Memorandum on the prevention of leprosy by segregation of the affected
Disease focus: Leprosy
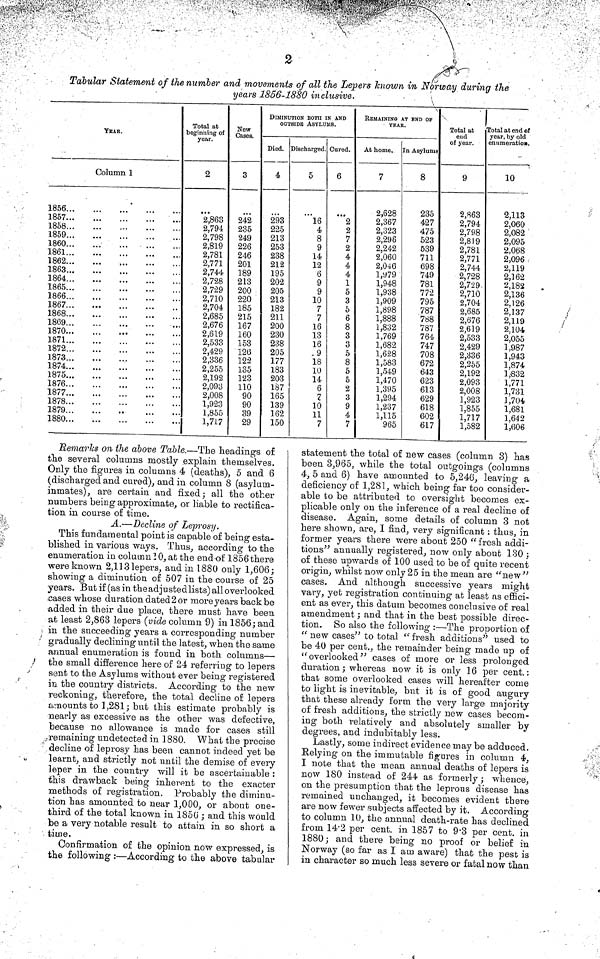
2
Tabular Statement of the number and movements of all the Lepers Known in Norway during the
years 1856-1880 inclusive.
YEAR.
Column 1
1856
1857
1858
1859
1860
1861
1862
1863
1864
1865
1866
1867
1868
1869
1870
1871
1872
1873
1874
1875
1876
1877
1878
1879
1880
Total at
beginning of
year.
2
2,863
2,794
2,798
2,819
2,781
2,771
2,744
2,728
2,729
2,710
2,704
2,685
2,676
2,619
2,533
2,429
2,336
2,255
2,192
2,093
2,008
1,923
1,855
1,717
Cases.
3
242
235
249
226
246
201
189
213
200
220
185
215
167
160
153
126
122
135
123
110
90
90
39
29
DIMINUTION BOTH IN AND
OUTSIDE ASYLUMS.
Died.
4
293
225
213
253
238
212
195
202
205
213
182
211
200
230
238
205
177
183
203
187
165
139
162
150
Discharged.
5
16
4
8
9
14
12
6
9
9
10
7
7
16
13
16
.9
18
10
14
6
7
10
11
7
Cured.
6
2
2
7
2
4
4
4
1
5
3
5
6
8
3
3
5
8
5
5
2
3
9
4
7
REMAINING AT END OF
YEAR
At home.
7
2,628
2,367
2,323
2,296
2,242
2,060
2,046
l,979
1,948
1,938
1,909
1,898
1,888
1,832
1,769
1,682
1,628
1,583
1,549
1,470
1,395
1,294
1,237
1,115
965
In Asylums
8
235
427
475
523
539
711
698
749
781
772
795
787
788
787
764
747
708
672
643
623
613
629
618
602
617
Total at
end
of year.
9
2,863
2,794
2,798
2,819
2,781
2,771
2,744
2,728
2,729
2,710
2,704
2,685
2,676
2,619
2,533
2,429
2,336
2,255
2,192
2,093
2,008
1,923
1,855
1,717
1,582
Total at end of
year, by old
numeration.
10
2,113
2,060
2,082
2,095
2,068
2,096 ,
2,119
2,162
2,182
2,136
2,126
2,137
2,119
2,104
2,055
1,987
1,943
1,874
1,832
1,771
1,731
1,704
1,681
1,642
1,606
Remarks on the above Table.—The headings of
the several columns mostly explain themselves.
Only the figures in columns 4 (deaths), 5 and 6
(discharged and cured), and in column 8 (asylum-
inmates), are certain and fixed; all the other
numbers being approximate, or liable to rectifica-
tion in course of time.
A.—Decline of Leprosy.
This fundamental point is capable of being esta-
blished in various ways. Thus, according to the
enumeration in column 10, at the end of 1856 there
were known 2,113 lepers, and in 1880 only 1,606;
showing a diminution of 507 in the course of 25
years. But if (as in the adjustedlists) all overlooked
cases whose duration dated 2 or more years back be
•added in their due place, there must have been
at least 2,863 lepers (vide column 9) in 1856; and
i in the succeeding years a corresponding number
gradually declining until the latest, when the same
annual enumeration is found in both columns—
the small difference here of 24 referriug to lepers
sent to the Asylums without ever being registered
in the country districts. According to the new
reckoning, therefore, the total decline of lepers
amounts to 1,281; but this estimate probably is
nearly as excessive as the other was defective,
because no allowance is made for cases still
.remaining undetected in 1880. What the precise
decline of leprosy has been cannot indeed yet be
learnt, and strictly not until the demise of every
leper in the country will it be ascertainable :
this drawback being inherent to the exacter
methods of registration. Probably the diminu-
tion has amounted to near 1,000, or about one-
third of the total known in 185G ; and this would
be a very notable result to attain in so short a
time.
Confirmation of the opinion now expressed, is
the following :—According to the above tabular
statement the total of new cases (column 3) has
been 3,965, while the total outgoings (columns
4, 5 and 6) have amounted to 5,246, leaving a
deficiency of 1,281, which being far too consider-
able to be attributed to oversight becomes ex-
plicable only on the inference of a real decline of
disease. Again, some details of column 3 not
here shown, are, I find, very significant : thus, in
former years there were about 250 "fresh addi-
tions" annually registered, now only about 130 ;
of these upwards of 100 used to be of quite recent
origin, whilst now only 25 in the mean are "new "
cases. And although successive years might
vary, yet registration continuing at least as effici-
ent as ever, this datum becomes conclusive of real
amendment; and that in the best possible direc-
tion. So also the following :—The proportion of
"new cases" to total "fresh additions" used to
be 40 per cent., the remainder being made up of
"overlooked" cases of more or less prolonged
duration; whereas now it is only 16 per cent.:
that some overlooked cases will hereafter come
to light is inevitable, but it is of good augury
that these already form the very large majority
of fresh additions, the strictly new cases becom-
ing both relatively and absolutely smaller by
degrees, and indubitably less.
Lastly, some indirect evidence may be adduced.
Relying on the immutable figures in column 4,
I note that the mean annual deaths of lepers is
now 180 instead of 244 as formerly; whence,
on the presumption that the leprous disease has
remained unchanged, it becomes evident there
are now fewer subjects affected by it. According
to column 10, the annual death-rate has declined
from 14'2 per cent, in 1857 to 9'3 per cent, in
1880; and there being no proof or belief in
Norway (so far as I am aware) that the pest is
in character so much less severe or fatal now than